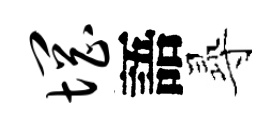
惘語𡬶